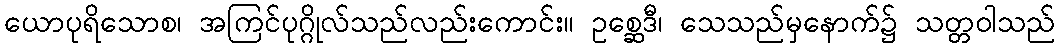
ယောပုရိသောစ၊ အကြင်ပုဂ္ဂိုလ်သည်လည်းကောင်း။ ဥစ္ဆေဒီ၊ သေသည်မှနောက်၌ သတ္တဝါသည်